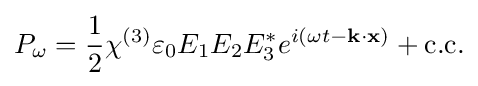
P_{\omega }={\frac {1}{2}}\chi ^{(3)}\varepsilon _{0}E_{1}E_{2}E_{3}^{*}e^{i(\omega t-\mathbf {k} \cdot \mathbf {x} )}+{\text{c.c.}}